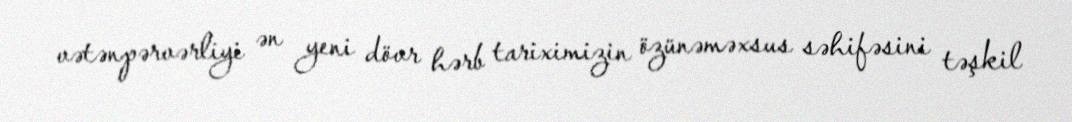
vətənpərvərliyi ən yeni dövr hərb tariximizin özünəməxsus səhifəsini təşkil